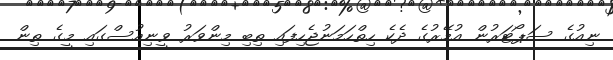
ނިއުގެ ސަޕޯޓަރުން އުމޭރުގެ ދެކެ ހިތްހަމަނުޖެހިފައި ތިބި މިންވަރު ވީނިއުސްގައި މީގެ ތިން